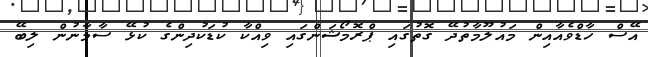
އޭސް ހާޑްވެއާއިން މައުލޫމާތުދޭ ގޮތުގައި ޕްރޮމޯޝަންގައި ވިއްކާ ކުޑަކުދިންގެ ކުޅޭ ސާމާނުން ލިބޭ